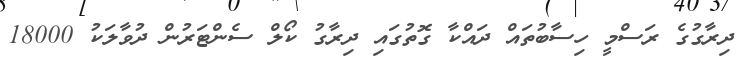
ދިރާގުގެ ރަސްމީ ހިސާބުތައް ދައްކާ ގޮތުގައި ދިރާގު ކޯލް ސެންޓަރުން ދުވާލަކު 18000